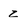
Character: z